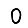
Digit: 0